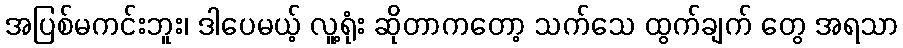
အပြစ်မကင်းဘူး၊ ဒါပေမယ့် လူ့ရုံး ဆိုတာကတော့ သက်သေ ထွက်ချက် တွေ အရသာ